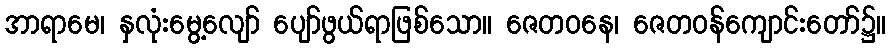
အာရာမေ၊ နှလုံးမွေ့လျော် ပျော်ဖွယ်ရာဖြစ်သော။ ဇေတဝနေ၊ ဇေတဝန်ကျောင်းတော်၌။